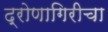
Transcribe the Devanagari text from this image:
द्रोणागिरीचा